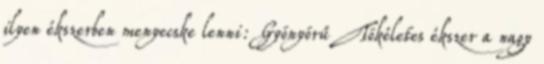
ilyen ékszerben menyecske lenni: Gyönyörű Tökéletes ékszer a nagy